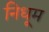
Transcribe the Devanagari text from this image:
निधूम